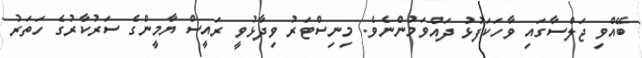
ބޭއްވި ޖަލްސާގައި ވާހަކަފުޅު ދައްވަމުންނެވެ. މިނިސްޓަރު ވިދާޅުވީ ރައީސް ޔާމީންގެ ސަރުކާރުގެ ހަތަރު